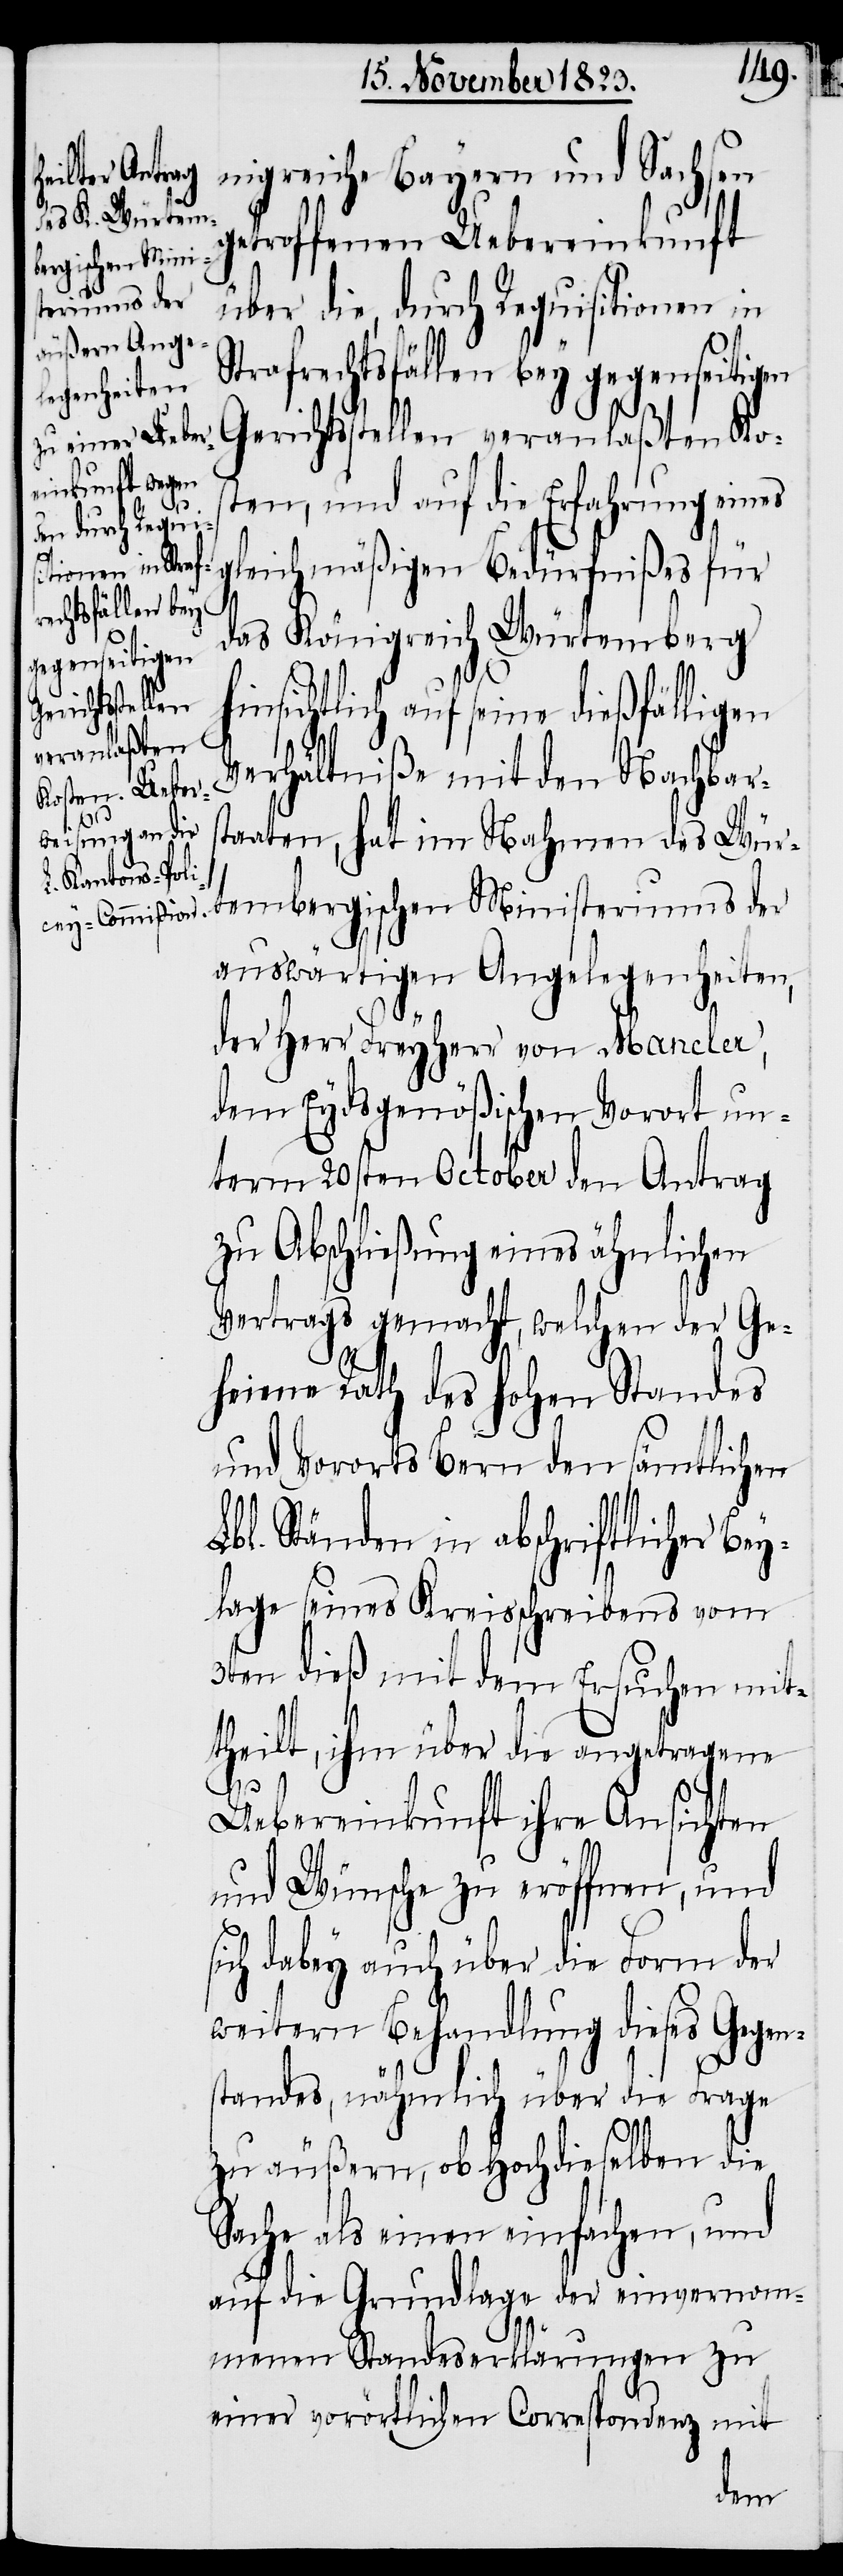
nigreiche Bayern und Sachsen
etroffenen Uebereinkunft
bergischen Minis¬
teriums der
über die, durch Requisitionen in
Strafrechtsfällen bey gegenseitigen
Gerichtsstellen veranlaßten Kos¬
ten, und auf die Erfahrung eines
leichmäßigen Bedürfnißes für
das Königreich Würtemberg
insichtlich auf seine dießfälligen
Verhältniße mit den Nachbars¬
taaten, hat im Nahmen des Wür¬
auswärtigen Angelegenheiten,
der Herr Freyherr von Mancler,
dem Eydsgenößischen Vorort un¬
term 20sten October den Antrag
zu Abschließung eines ähnlichen
Vertrags gemacht, welchen der Ge¬
heime Rath des hohen Standes
und Vororts Bern den sämtlichen
Lbl. Ständen in abschriftlicher Bey¬
lage seines Kreisschreibens vom
3ten dieß mit dem Ersuchen mit¬
theilt, ihm über die angetragene
h¬
Uebereinkunft ihre Ansichten
und Wünsche zu eröffnen, und
sich dabey auch über die Form der
weitern Behandlung dieses Gegen¬
standes, nähmlich über die Frage
zu äußern, ob Hochdieselben die
Sache als einen einfachen, und
auf die Grundlage der einvernom¬
menen Standeserklärungen zu
einer vorörtlichen Correspondenz mit
tem¬